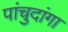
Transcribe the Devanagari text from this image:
पांचुदांगा